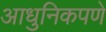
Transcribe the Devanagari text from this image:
आधुनिकपणे